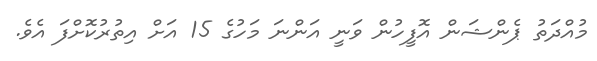
މުއްދަތު ޕެންޝަން އޮފީހުން ވަނީ އަންނަ މަހުގެ 15 އަށް އިތުރުކޮށްފަ އެވެ.